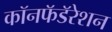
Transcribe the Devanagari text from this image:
कॉनफॅडॅरेशन